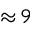
{ \approx } \, 9